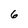
Character: 6